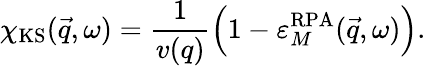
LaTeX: \chi_{\mathrm{KS}}(\vec{q},\omega)=\frac{1}{v(q)}\left(1-\varepsilon_{M}^{\mathrm{RPA}}(\vec{q},\omega)\right).